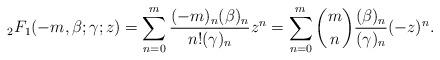
LaTeX: \begin{align*}_{2}F_{1}(-m,\beta;\gamma;z)=\sum_{n=0}^{m}\frac{(-m)_{n}(\beta)_{n}}{n!(\gamma)_{n}}z^{n}=\sum_{n=0}^{m}\binom m n\frac{(\beta)_{n}}{(\gamma)_{n}}(-z)^{n}.\end{align*}